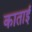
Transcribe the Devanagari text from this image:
काताई